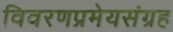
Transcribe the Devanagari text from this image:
विवरणप्रमेयसंग्रह